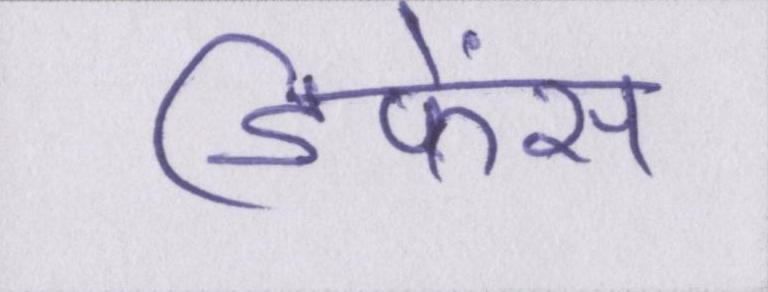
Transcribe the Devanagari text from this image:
डिफेंस